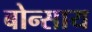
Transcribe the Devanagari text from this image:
बोन्साय